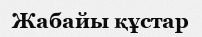
Жабайы құстар